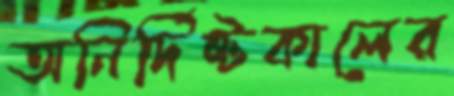
অনির্দিষ্টকালের